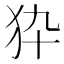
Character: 𤝊